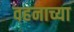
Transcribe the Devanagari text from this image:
वहनाच्या